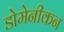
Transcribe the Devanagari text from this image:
डोमेनीकन